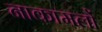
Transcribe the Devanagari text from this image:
नाकामलों